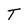
Character: T